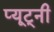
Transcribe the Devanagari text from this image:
प्यूट्नी